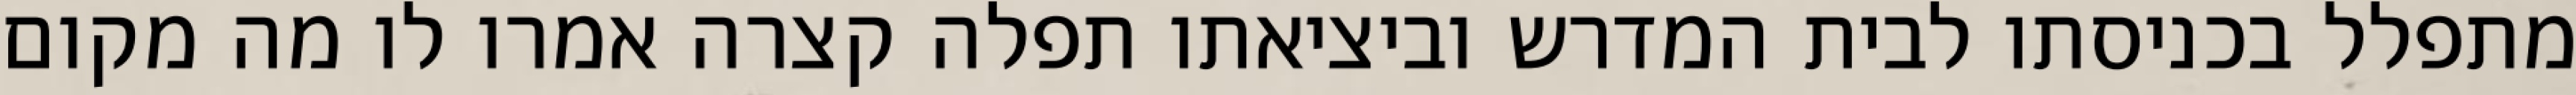
מתפלל בכניסתו לבית המדרש וביציאתו תפלה קצרה אמרו לו מה מקום